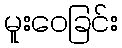
မူးဝေခြင်း